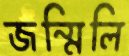
জন্মিলি